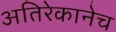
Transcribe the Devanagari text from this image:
अतिरेकानेच